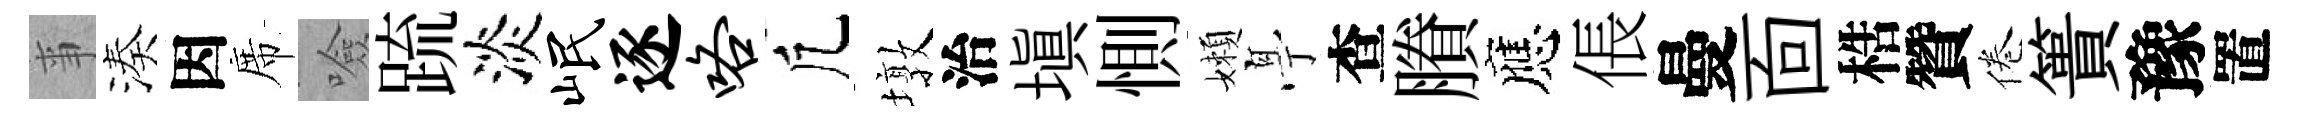
亊湊因席噞䟽淡岷逐咯凢墩治塡惻嬾𠅘查賸應倀曼靣梏贊倦簣豫置